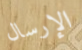
الإرسال